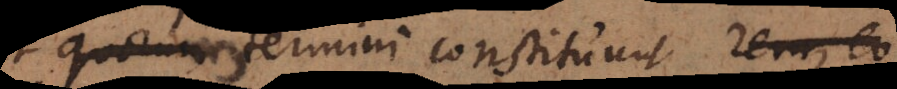
quorum termini constituunt rem, eo